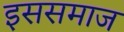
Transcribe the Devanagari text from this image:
इससमाज